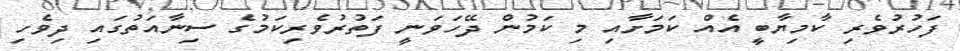
ފަހުރުވެރި ކާމިޔާބީ އެއް ކަމަށާއި މި ކަމުން ދޭހަވަނީ ފަތުރުވެރިކަމުގެ ސިނާއަތުގައި ދިވެހި